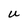
Character: U